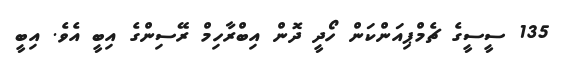
135 ސީސީގެ ޗެމްޕިއަންކަން ހޯދީ ދޮން އިބްރާހިމް ރޭސިންގެ އިބީ އެވެ. އިބީ